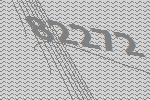
82272